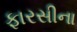
ફારસીના